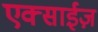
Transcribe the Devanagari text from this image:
एक्साईज़